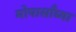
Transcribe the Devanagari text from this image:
मोपासाँच्या